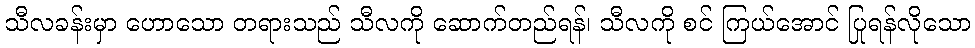
သီလခန်းမှာ ဟောသော တရားသည် သီလကို ဆောက်တည်ရန်၊ သီလကို စင် ကြယ်အောင် ပြုရန်လိုသော